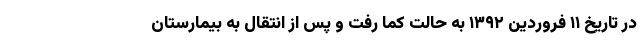
در تاریخ ۱۱ فروردین ۱۳۹۲ به حالت کما رفت و پس از انتقال به بیمارستان